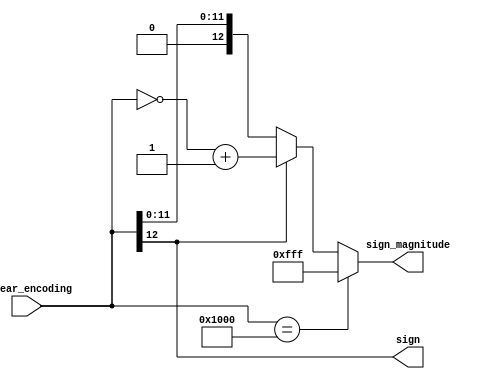
`timescale 1ns / 1ps
//////////////////////////////////////////////////////////////////////////////////
// Company: 
// Engineer: 
// 
// Design Name: 
// Module Name:    FPCVT 
// Project Name: 
// Target Devices: 
// Tool versions: 
// Description: 
//
// Dependencies: 
//
// Revision: 
// Revision 0.01 - File Created
// Additional Comments: 
//
//////////////////////////////////////////////////////////////////////////////////

module convertToSignMagnitude(
	 input [12:0] linear_encoding,
	 output reg [0:0] sign,
	 output reg [12:0] sign_magnitude
 );
		always @(linear_encoding) begin
			sign = linear_encoding[12];
			if(linear_encoding == 13'b1000000000000)
				sign_magnitude = 13'b0111111111111;
			else if(linear_encoding[12] == 1)
				sign_magnitude = ~(linear_encoding)+1;
			else
				sign_magnitude = linear_encoding;
		end
endmodule

module countLeadingZeroExtractBits(
    input [12:0] signMagnitude,
    output reg [2:0] exponent,
    output reg [4:0] significand,
    output reg [0:0] sixth_bit
);
	always @(*) begin
		if (signMagnitude[11] == 1) 
		begin
			exponent = 7;
			significand = signMagnitude[11:7];
			sixth_bit = signMagnitude[6];
		end
		else if (signMagnitude[10] == 1)
		begin
			exponent = 6;
			significand = signMagnitude[10:6];
			sixth_bit = signMagnitude[5];
		end
		else if (signMagnitude[9] == 1)
		begin
			exponent = 5;
			significand = signMagnitude[9:5];
			sixth_bit = signMagnitude[4];
		end
		else if (signMagnitude[8] == 1)
		begin
			exponent = 4;
			significand = signMagnitude[8:4];
			sixth_bit = signMagnitude[3];
		end
		else if (signMagnitude[7] == 1)
		begin
			exponent = 3;
			significand = signMagnitude[7:3];
			sixth_bit = signMagnitude[2];
		end
		else if (signMagnitude[6] == 1)
		begin
			exponent = 2;
			significand = signMagnitude[6:2];
			sixth_bit = signMagnitude[1];
		end
		else if (signMagnitude[5] == 1)
		begin
			exponent = 1;
			significand = signMagnitude[5:1];
			sixth_bit = signMagnitude[0];
		end
		else
		begin
			exponent = 0;
			significand = signMagnitude[4:0];
			sixth_bit = 0;
		end
	end
endmodule

module round(
    input [2:0] exponent,
    input [4:0] significand,
    input [0:0] sixth_bit,
    output reg [2:0] E,
    output reg [4:0] F
    );
	always @(*) begin
		if (sixth_bit == 1)
		begin
			if(significand != 5'b11111) // no overflow in significand
			begin
				E = exponent;
				F = significand + 1;
			end
			else // overflow
			begin 
				if(exponent != 3'b111) // no overflow in exp
				begin
					E = exponent + 1;
					F = (significand >> 1) + 1;
				end
				else
				begin
					E = 3'b111;
					F = 5'b11111;
				end
			end
		end
		else
		begin
			E = exponent;
			F = significand;
		end
	end
endmodule

module FPCVT(
    input [12:0] D,
    output S,
    output [2:0] E,
    output [4:0] F
    );
// Outputs
wire [12:0] sign_magnitude;
wire sign; 

assign S = sign;

convertToSignMagnitude mod1 (
	.linear_encoding(D), 
	.sign(sign), 
	.sign_magnitude(sign_magnitude)
);

// Outputs
wire [2:0] exponent;
wire [4:0] significand;
wire [0:0] sixth_bit;

// Instantiate the Unit Under Test (UUT)
countLeadingZeroExtractBits mod2 (
	.signMagnitude(sign_magnitude), 
	.exponent(exponent), 
	.significand(significand), 
	.sixth_bit(sixth_bit)
);

wire [2:0] e_output;
wire [4:0] f_output;

// Instantiate the Unit Under Test (UUT)
round mod3 (
	.exponent(exponent), 
	.significand(significand), 
	.sixth_bit(sixth_bit), 
	.E(e_output), 
	.F(f_output)
);

assign E = e_output;
assign F = f_output;

endmodule